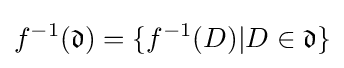
f^{-1}({\mathfrak {d}})=\{f^{-1}(D)|D\in {\mathfrak {d}}\}